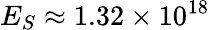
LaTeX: E_{S}\approx 1.32\times 10^{18}